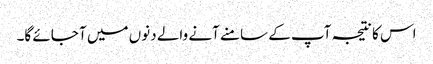
اس کا نتیجہ آپ کے سامنے آنے والے دنوں میں آ جائے گا۔